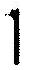
1